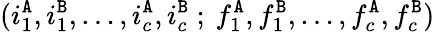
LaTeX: (i_{1}^{\tt A},i_{1}^{\tt B},\ldots,i_{c}^{\tt A},i_{c}^{\tt B}\ ;\: f_{1}^{\tt A},f_{1}^{\tt B},\ldots,f_{c}^{\tt A},f_{c}^{\tt B})